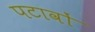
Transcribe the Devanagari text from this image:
पटावों